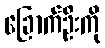
ခြောက်ဦးကို